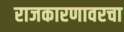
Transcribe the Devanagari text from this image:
राजकारणावरचा